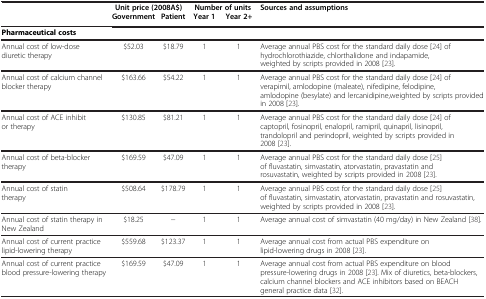
|  | <COLSPAN=2> Unit price (2008A$) | <COLSPAN=2> Number of units | Sources and assumptions |
 |  | Government | Patient | Year 1 | Year 2+ |  |
 | --- | --- | --- | --- | --- | --- |
 | <COLSPAN=5> Pharmaceutical costs |  |
 | Annual cost of low-dose diuretic therapy | $52.03 | $18.79 | 1 | 1 | Average annual PBS cost for the standard daily dose [24] of hydrochlorothiazide, chlorthalidone and indapamide, weighted by scripts provided in 2008 [23]. |
 | Annual cost of calcium channel blocker therapy | $163.66 | $54.22 | 1 | 1 | Average annual PBS cost for the standard daily dose [24] of verapimil, amlodopine (maleate), nifedipine, felodipine, amlodopine (besylate) and lercanidipine,weighted by scripts provided in 2008 [23]. |
 | Annual cost of ACE inhibitor therapy | $130.85 | $81.21 | 1 | 1 | Average annual PBS cost for the standard daily dose [24] ofcaptopril, fosinopril, enalopril, ramipril, quinapril, lisinopril, trandolopril and perindopril, weighted by scripts provided in 2008 [23]. |
 | Annual cost of beta-blocker therapy | $169.59 | $47.09 | 1 | 1 | Average annual PBS cost for the standard daily dose [25]of fluvastatin, simvastatin, atorvastatin, pravastatin and rosuvastatin, weighted by scripts provided in 2008 [23]. |
 | Annual cost of statin therapy | $508.64 | $178.79 | 1 | 1 | Average annual PBS cost for the standard daily dose [25] of fluvastatin, simvastatin, atorvastatin, pravastatin and rosuvastatin, weighted by scripts provided in 2008 [23]. |
 | Annual cost of statin therapy in New Zealand | $18.25 | − | 1 | 1 | Average annual cost of simvastatin (40 mg/day) in New Zealand [38]. |
 | Annual cost of current practice lipid-lowering therapy | $559.68 | $123.37 | 1 | 1 | Average annual cost from actual PBS expenditure on lipid-lowering drugs in 2008 [23]. |
 | Annual cost of current practice blood pressure-lowering therapy | $169.59 | $47.09 | 1 | 1 | Average annual cost from actual PBS expenditure on bloodpressure-lowering drugs in 2008 [23]. Mix of diuretics, beta-blockers, calcium channel blockers and ACE inhibitors based on BEACH general practice data [32]. |